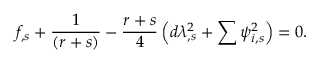
f _ { , s } + \frac { 1 } { \left( r + s \right) } - \frac { r + s } { 4 } \left( d \lambda _ { , s } ^ { 2 } + \sum \psi _ { i , s } ^ { 2 } \right) = 0 .